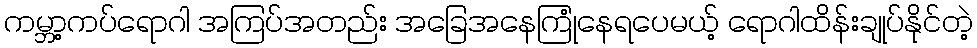
ကမ္ဘာ့ကပ်ရောဂါ အကြပ်အတည်း အခြေအနေကြုံနေရပေမယ့် ရောဂါထိန်းချုပ်နိုင်တဲ့